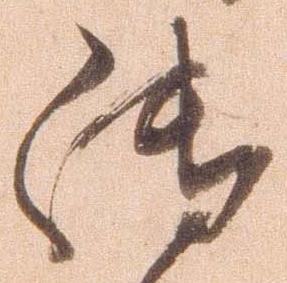
御